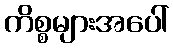
ကိစ္စများအပေါ်